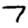
Digit: 7